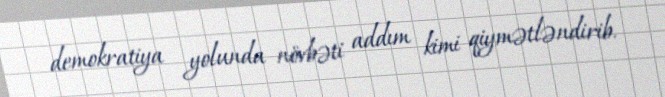
demokratiya yolunda növbəti addım kimi qiymətləndirib.